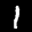
Label: 1